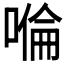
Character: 𠹹